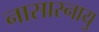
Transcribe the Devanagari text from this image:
नासास्नायु